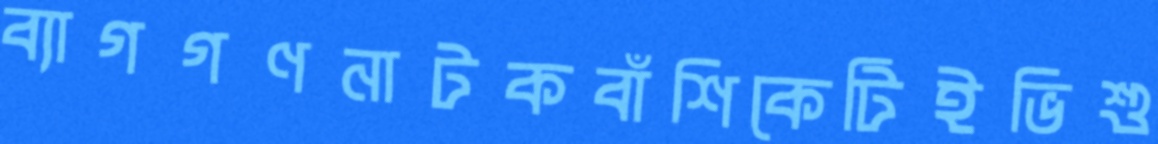
ব্যাগগণনাটকবাঁশিকেটিইভিশু